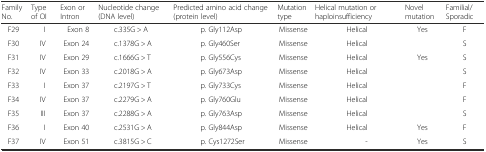
<table><thead><tr><td><b>Family No.</b></td><td><b>Type of OI</b></td><td><b>Exon or Intron</b></td><td><b>Nucleotide change (DNA level)</b></td><td><b>Predicted amino acid change (protein level)</b></td><td><b>Mutation type</b></td><td><b>Helical mutation or haploinsufficiency</b></td><td><b>Novel mutation</b></td><td><b>Familial/Sporadic</b></td></tr></thead><tbody><tr><td>F29</td><td>I</td><td>Exon 8</td><td>c.335G &gt; A</td><td>p. Gly112Asp</td><td>Missense</td><td>Helical</td><td>Yes</td><td>F</td></tr><tr><td>F30</td><td>IV</td><td>Exon 24</td><td>c.1378G &gt; A</td><td>p. Gly460Ser</td><td>Missense</td><td>Helical</td><td></td><td>S</td></tr><tr><td>F31</td><td>IV</td><td>Exon 29</td><td>c.1666G &gt; T</td><td>p. Gly556Cys</td><td>Missense</td><td>Helical</td><td>Yes</td><td>S</td></tr><tr><td>F32</td><td>IV</td><td>Exon 33</td><td>c.2018G &gt; A</td><td>p. Gly673Asp</td><td>Missense</td><td>Helical</td><td></td><td>S</td></tr><tr><td>F33</td><td>I</td><td>Exon 37</td><td>c.2197G &gt; T</td><td>p. Gly733Cys</td><td>Missense</td><td>Helical</td><td></td><td>F</td></tr><tr><td>F34</td><td>IV</td><td>Exon 37</td><td>c.2279G &gt; A</td><td>p. Gly760Glu</td><td>Missense</td><td>Helical</td><td></td><td>F</td></tr><tr><td>F35</td><td>III</td><td>Exon 37</td><td>c.2288G &gt; A</td><td>p. Gly763Asp</td><td>Missense</td><td>Helical</td><td></td><td>S</td></tr><tr><td>F36</td><td>I</td><td>Exon 40</td><td>c.2531G &gt; A</td><td>p. Gly844Asp</td><td>Missense</td><td>Helical</td><td>Yes</td><td>F</td></tr><tr><td>F37</td><td>IV</td><td>Exon 51</td><td>c.3815G &gt; C</td><td>p. Cys1272Ser</td><td>Missense</td><td>-</td><td>Yes</td><td>S</td></tr></tbody></table>